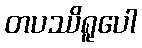
တပဿိရူပေါ